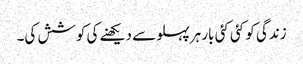
زندگی کو کئی کئی بار ہرپہلو سے دیکھنے کی کوشش کی۔